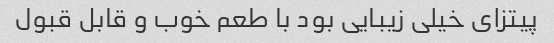
پیتزای خیلی زیبایی بود با طعم خوب و قابل قبول